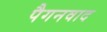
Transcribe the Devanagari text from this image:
पैगनवाद